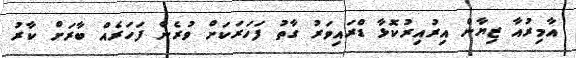
އާމިރުއާ ޒިޔާން އިރުއިރުކޮޅާ ޑްރައިވަރު ގާތު ފަހަރަކަށް ވުރެން ފަހަރެއް ބާރަށް ކާރު